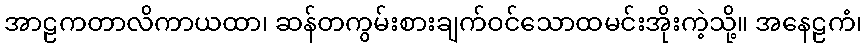
အာဠကတာလိကာယထာ၊ ဆန်တကွမ်းစားချက်ဝင်သောထမင်းအိုးကဲ့သို့။ အနေဠကံ၊